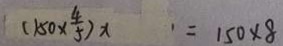
( 1 5 0 \times \frac { 4 } { 5 } ) x = 1 5 0 \times 8